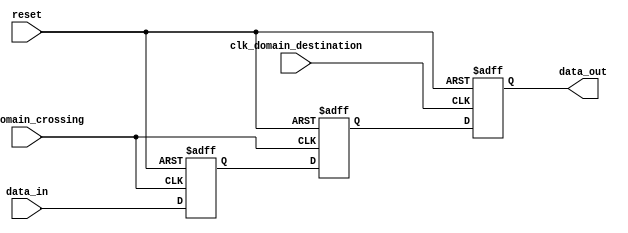
module ThreeFlopSynchronizer (
    input wire clk_domain_crossing,       // Clock from input data domain
    input wire clk_domain_destination,    // Clock from output data domain
    input wire reset,                     // Reset signal
    input wire data_in,                   // Input data signal
    output reg data_out                   // Output synchronized data signal
);

reg flop1, flop2, flop3;

always @(posedge clk_domain_crossing or posedge reset) begin
    if (reset)
        flop1 <= 1'b0;
    else
        flop1 <= data_in;
end

always @(posedge clk_domain_crossing or posedge reset) begin
    if (reset)
        flop2 <= 1'b0;
    else
        flop2 <= flop1;
end

always @(posedge clk_domain_destination or posedge reset) begin
    if (reset)
        flop3 <= 1'b0;
    else
        flop3 <= flop2;
end

assign data_out = flop3;

endmodule